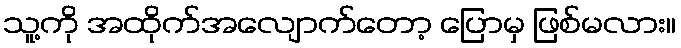
သူ့ကို အထိုက်အလျောက်တော့ ပြောမှ ဖြစ်မလား။